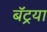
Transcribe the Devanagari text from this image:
बॅटर्‍या